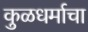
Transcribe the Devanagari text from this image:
कुळधर्माचा